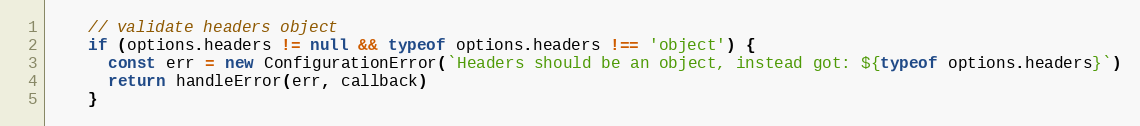
Language: JavaScript
    // validate headers object
    if (options.headers != null && typeof options.headers !== 'object') {
      const err = new ConfigurationError(`Headers should be an object, instead got: ${typeof options.headers}`)
      return handleError(err, callback)
    }